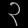
Digit: ၃